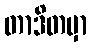
တာဒိတမှာ